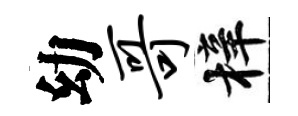
幼哥梓